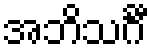
အဘိသင်္ဂီ